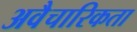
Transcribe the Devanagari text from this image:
अवैचारिकता